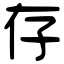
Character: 存